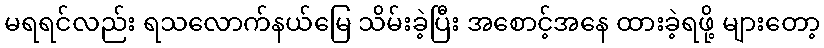
မရရင်လည်း ရသလောက်နယ်မြေ သိမ်းခဲ့ပြီး အစောင့်အနေ ထားခဲ့ရဖို့ များတော့